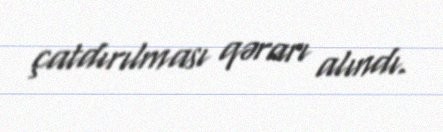
çatdırılması qərarı alındı.